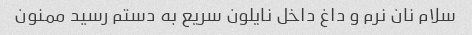
سلام نان نرم و داغ داخل نایلون سریع به دستم رسید ممنون